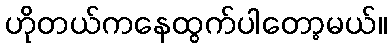
ဟိုတယ်ကနေထွက်ပါတော့မယ်။